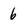
Character: 6